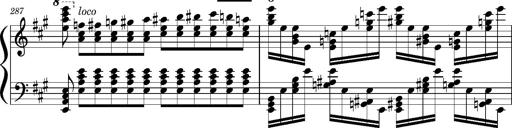
Title: Concerto sans orchestre, S.524a
Composer: Franz Liszt
Key: A major